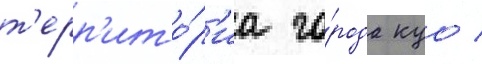
т'ерр'ито́р'иа го́рода куо /